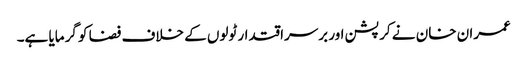
عمران خان نے کرپشن اور برسراقتدار ٹولوں کے خلاف فضا کو گرمایا ہے۔